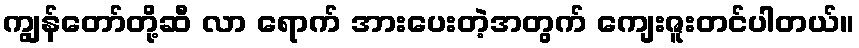
ကျွန်တော်တို့ဆီ လာ ရောက် အားပေးတဲ့အတွက် ကျေးဇူးတင်ပါတယ်။